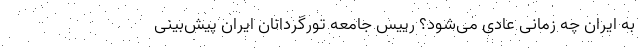
به ایران چه زمانی عادی می‌شود؟ رییس جامعه تورگردانان ایران پیش‌بینی